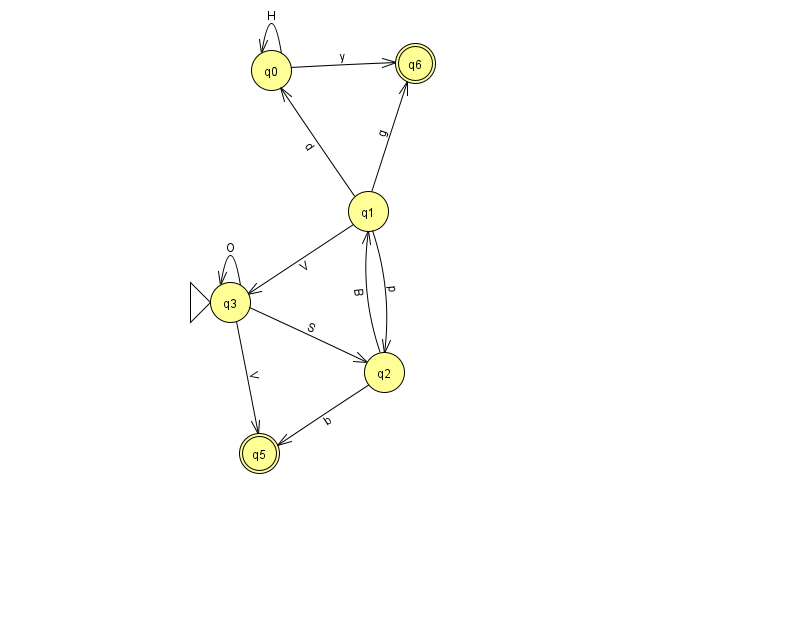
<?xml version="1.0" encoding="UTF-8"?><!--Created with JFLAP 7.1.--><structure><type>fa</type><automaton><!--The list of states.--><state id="0" name="q0"><x>271.0</x><y>57.0</y></state><state id="1" name="q1"><x>368.0</x><y>198.0</y></state><state id="2" name="q2"><x>384.0</x><y>359.0</y></state><state id="3" name="q3"><x>230.0</x><y>289.0</y><initial/></state><state id="5" name="q5"><x>259.0</x><y>440.0</y><final/></state><state id="6" name="q6"><x>415.0</x><y>50.0</y><final/></state><!--The list of transitions.--><transition><from>1</from><to>3</to><read>V</read></transition><transition><from>2</from><to>5</to><read>b</read></transition><transition><from>0</from><to>6</to><read>y</read></transition><transition><from>1</from><to>0</to><read>d</read></transition><transition><from>0</from><to>0</to><read>H</read></transition><transition><from>1</from><to>6</to><read>g</read></transition><transition><from>2</from><to>1</to><read>B</read></transition><transition><from>1</from><to>2</to><read>p</read></transition><transition><from>3</from><to>5</to><read>V</read></transition><transition><from>3</from><to>2</to><read>S</read></transition><transition><from>3</from><to>3</to><read>O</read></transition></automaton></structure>